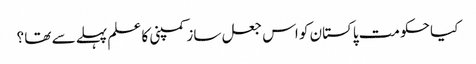
کیا حکومت پاکستان کو اس جعل ساز کمپنی کا علم پہلے سے تھا ؟